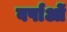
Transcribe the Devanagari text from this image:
वर्षाओं